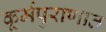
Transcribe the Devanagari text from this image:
कूर्मपुराणात